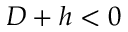
D + h < 0